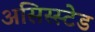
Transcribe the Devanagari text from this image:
असिस्स्टेड